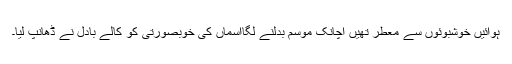
ہوائیں خوشبوئوں سے معطر تھیں اچانک موسم بدلنے لگاآسماں کی خوبصورتی کو کالے بادل نے ڈھانپ لیا۔